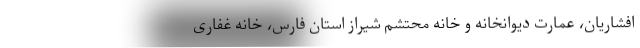
افشاریان، عمارت دیوانخانه و خانه محتشم شیراز استان فارس، خانه غفاری